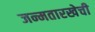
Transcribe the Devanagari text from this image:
जन्मतारखेची